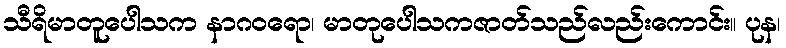
သီရိမာတူပေါသက နာဂဝရော၊ မာတုပေါသကဇာတ်သည်လည်းကောင်း။ ပုန၊